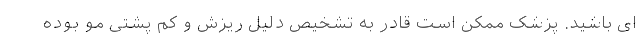
ای باشید. پزشک ممکن است قادر به تشخیص دلیل ریزش و کم پشتی مو بوده